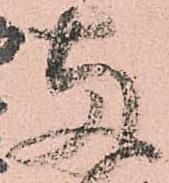
両